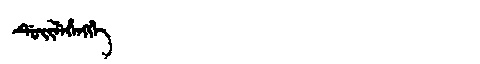
Manchu: ᡩᡠᡳᠯᡝᡥᡝᠩᡤᡝ
Romanization: DUILEHENGGE